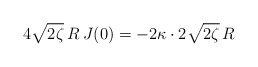
\begin{align*}4 \sqrt {2 \zeta} \, R \: J(0) = - 2\kappa \cdot 2\sqrt{2 \zeta} \, R\end{align*}